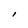
Character: l